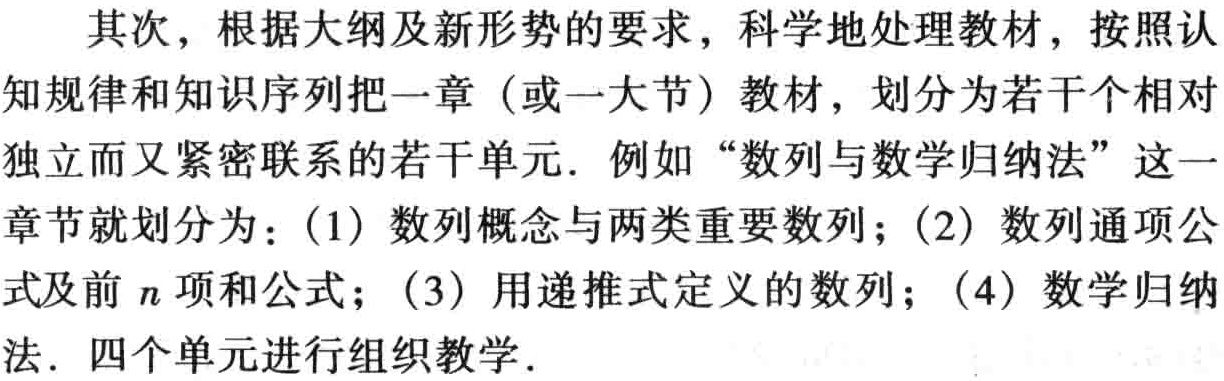
其次，根据大纲及新形势的要求，科学地处理教材，按照认知规律和知识序列把一章（或一大节）教材，划分为若干个相对独立而又紧密联系的若干单元. 例如“数列与数学归纳法”这一章节就划分为：(1) 数列概念与两类重要数列；(2) 数列通项公式及前\(n\)项和公式；(3) 用递推式定义的数列；(4) 数学归纳法. 四个单元进行组织教学.